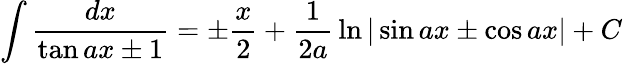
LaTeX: \int{\frac{dx}{\tan ax\pm 1}}=\pm{\frac{x}{2}}+{\frac{1}{2a}}\ln|\sin ax\pm\cos ax|+C